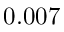
0 . 0 0 7